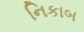
નિકાબ